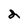
Character: 2